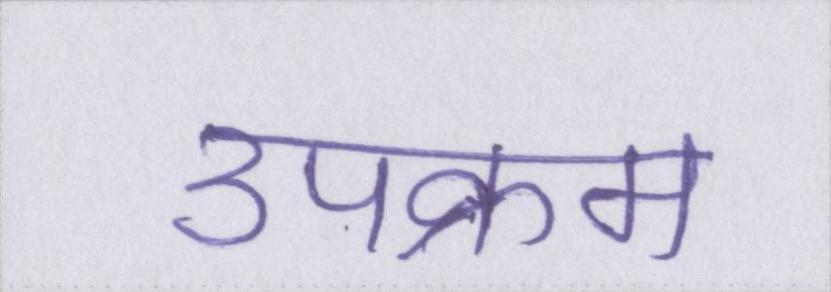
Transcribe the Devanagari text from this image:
उपक्रम